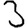
Digit: 3